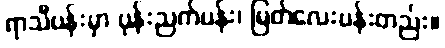
ရာသီပန်းမှာ ပုန်းညက်ပန်း၊ မြတ်လေးပန်းတည်း။